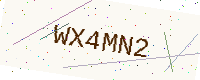
Text: WX4MN2